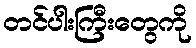
တင်ပါးကြီးတွေကို